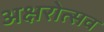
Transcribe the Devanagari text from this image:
अक्षरोत्सव